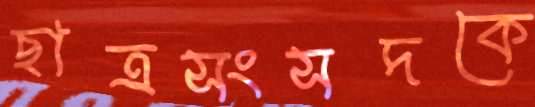
ছাত্রসংসদকে